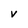
Character: v